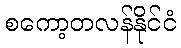
စကော့တလန်နိုင်ငံ